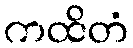
ကထိတံ